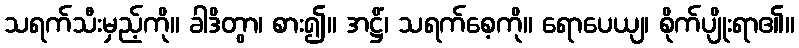
သရက်သီးမှည့်ကို။ ခါဒိတွာ၊ စား၍။ အဋ္ဌိံ၊ သရက်စေ့ကို။ ရောပေယျ၊ စိုက်ပျိုးရာ၏။